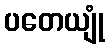
ပတေယျုံ